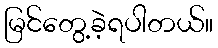
မြင်တွေ့ခဲ့ရပါတယ်။